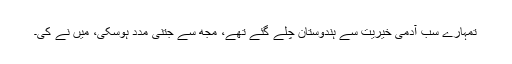
تمہارے سب آدمی خیریت سے ہندوستان چلے گئے تھے، مجھ سے جتنی مدد ہوسکی، میں نے کی۔